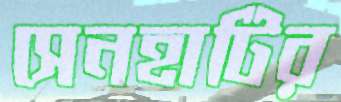
সেনহাটির